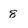
Character: 8